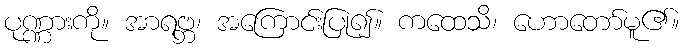
ပုဏ္ဏားကို။ အာရဗ္ဘ၊ အကြောင်းပြု၍။ ကထေသိ၊ ဟောတော်မူ၏။